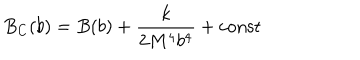
B _ { C } ( b ) = B ( b ) + \frac { k } { 2 M ^ { 4 } b ^ { 4 } } + \mathrm { c o n s t }